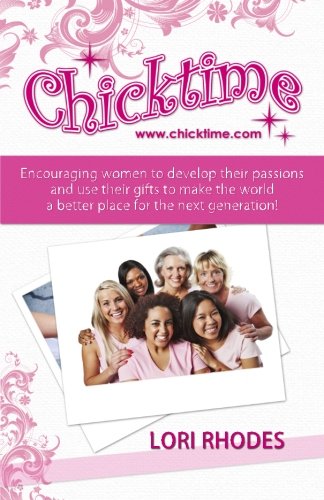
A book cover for Chicktime: Encouraging women to develop their passions and use their gifts to make the world a better place for the next generation!; Lori Rhodes; Business & Money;